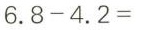
6.8-4.2=